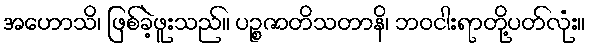
အဟောသိ၊ ဖြစ်ခဲ့ဖူးသည်။ ပဉ္စဇာတိသတာနိ၊ ဘဝငါးရာတို့ပတ်လုံး။